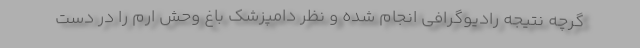
گرچه نتیجه رادیوگرافی انجام شده و نظر دامپزشک باغ وحش ارم را در دست